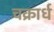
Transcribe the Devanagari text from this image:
चक्रार्ध